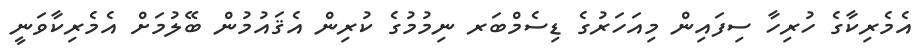
އެމެރިކާގެ ހުރިހާ ސިފައިން މިއަހަރުގެ ޑިސެމްބަރ ނިމުމުގެ ކުރިން އެޤައުމުން ބޭލުމަށް އެމެރިކާވަނީ